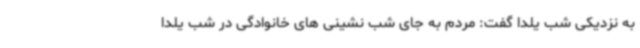
به نزدیکی شب یلدا گفت: مردم به جای شب نشینی های خانوادگی در شب یلدا